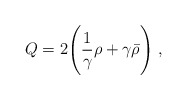
\begin{align*} Q=2\Biggl(\frac{1}{\gamma}\rho+\gamma\bar\rho\Biggr) ~,\end{align*}